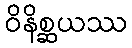
ဝိနိစ္ဆယဿ